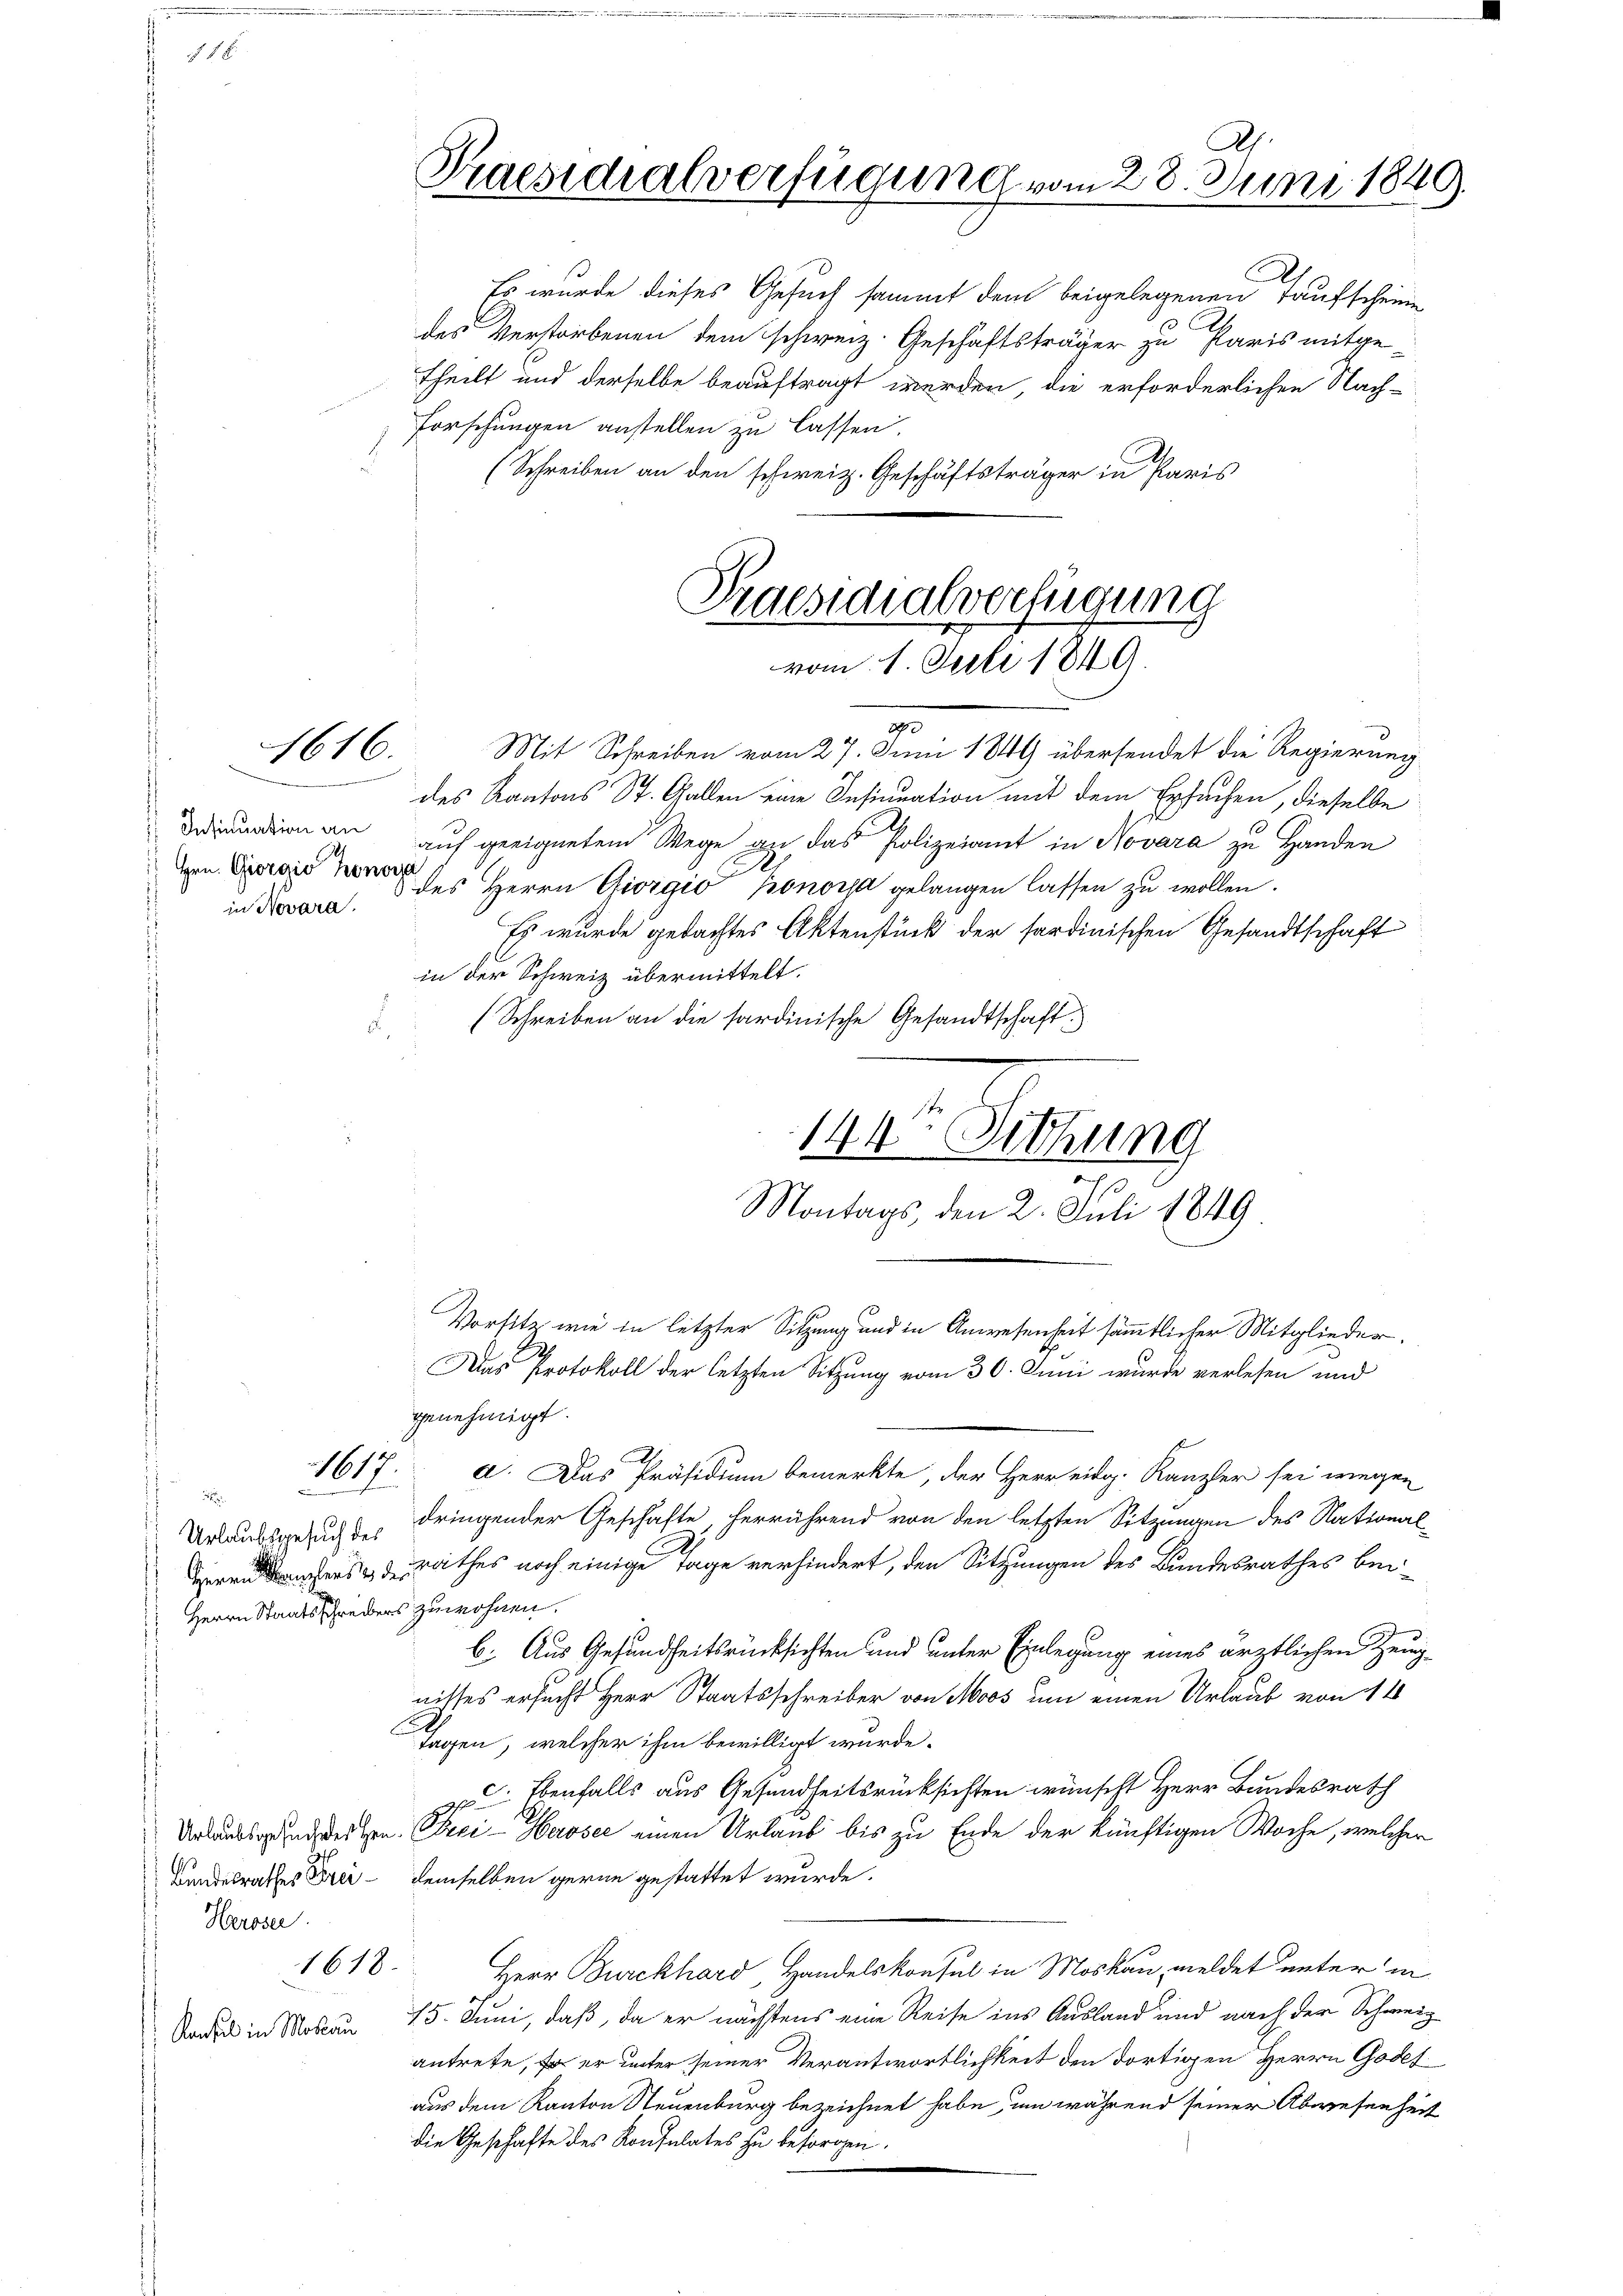
1616.

in Novara.

117.

.
Herrn Kanzler die
: Herrn Staatsschreiber

Bundesrathes Frei¬
Heroser.
1618.

Konsul in Mottau

Es wurde dieses Gesuch sammt dem beigelegenen Taufscheine
des Verstorbenen dem schweiz. Geschäftsträger zu Paris mitgetheilt und derselbe beauftragt werden, die erforderlichen Nach-
Forschungen anstellen zu lassen.
(Schreiben an den schweiz. Geschäftsträger in Paris

Praesidialverfügung vom 28. Juni 1840.

Praesidialverfügung
vom 1. Juli 184.

.
Mit Schreiben vom 27. Juni 1849 übersendet die Regierung
des Kantons St. Gallen eine Insinuation mit dem Ersuchen, dieselbe
Dejunion an auf geeignetem Wege an das Polizeiamt in Novara zu Handen
  des Herrn Giorgio bonora gelangen lassen zu wollen.
Es wurde gedachtes Aktenstück der fordinischen Gesandtschaft
in der Schweiz übermittelt.
(Schreiben an die sardinische Gesandtschaft.
genehmigt.
d. Das Präsidium bemerkte, der Herr eidg. Kanzler sei wegen
Urlaubsgezug dringender Geschäfte, herrührend von den letzten Sitzungen des Nationald
rathes noch einige Tage verhindert, den Sitzungen des Bundesrathes beizuwohnen.
b. Aus Gesundheitsrücksichten und unter Einlegung eines ärztlichen Zeug-
nisses ersucht Herr Staatsschreiber von Moos um einen Urlaub von 14
tagen, welcher ihm bewilligt wurde.
 Ebenfalls aus Gesundheitsrücksichten wünscht Herr Bundesrath
Urlaubsgrundseiten Peci-Herosee einen Urlaub bis zu Ende der künftigen Woche, welcher
demselben gerne gestattet wurde.
Herr Burckhard, Handelskonsul in Moskau, meldet unter in
15. Juni, daß, da er nächstens eine Reise ins Ausland und nach der Schweiz
antrete, da er unter seiner Verantwortlichkeit den dortigen Herrn Gosef
aus dem Kanton Neuenburg bezeichnet habe, um während seiner Abwesenheit
die Geschäfte des Konsulates zu besorgen.

144te Sitzung
Montags, den 2. Juli 1849.
Vorsitz wie in letzter Sitzung und in Anwesenheit sämmtlicher Mitglieder.
Aas Protokoll der letzten Sitzung vom 30. Juni wurde verlesen und

d